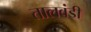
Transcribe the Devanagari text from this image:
तालवंडी